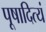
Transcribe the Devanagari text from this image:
पूषादित्यं